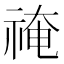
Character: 䄋